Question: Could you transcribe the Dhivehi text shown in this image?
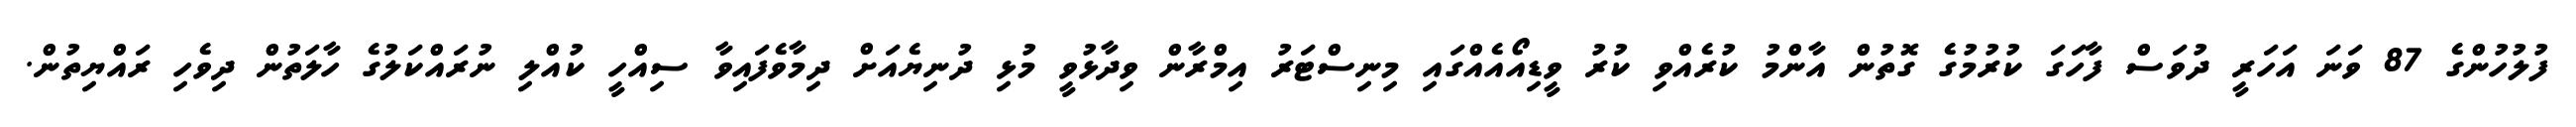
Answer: ފުލުހުންގެ 87 ވަނަ އަހަރީ ދުވަސް ފާހަގަ ކުރުމުގެ ގޮތުން އާންމު ކުރެއްވި ކުރު ވީޑިއޯއެއްގައި މިނިސްޓަރު އިމްރާން ވިދާޅުވީ މުޅި ދުނިޔެއަށް ދިމާވެފައިވާ ސިއްހީ ކުއްލި ނުރައްކަލުގެ ހާލަތުން ދިވެހި ރައްޔިތުން.